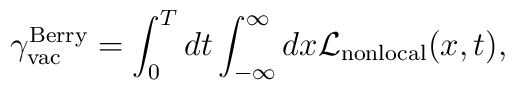
{\gamma}_{\rm vac}^{\rm Berry} = \int_{0}^{T} dt\int_{- \infty}^{\infty} dx {\cal L}_{\rm nonlocal}(x,t),